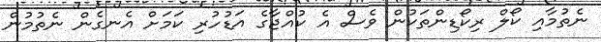
ނެތުމާއި ކޯލް ރިކޯޑިންތަކުން ވެސް އެ ކުއްޖާގެ އަޑުހުރި ކަމަށް އެނގެން ނެތުމުން